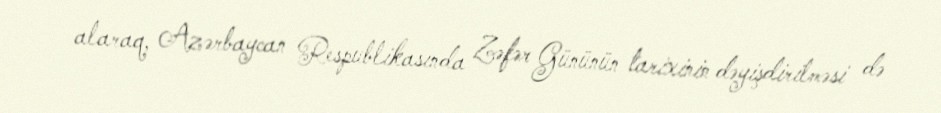
alaraq, Azərbaycan Respublikasında Zəfər Gününün tarixinin dəyişdirilməsi də